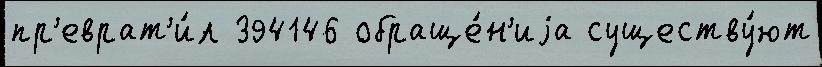
пр'еврат'и́л 394146 обраще́н'иjа существу́ют